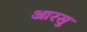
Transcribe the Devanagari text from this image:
आरसु